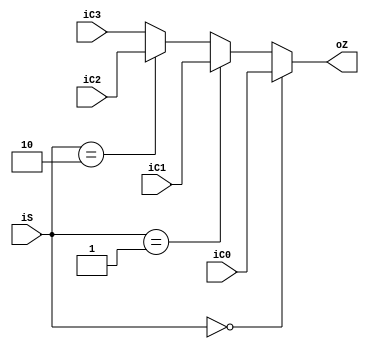
module selector41(
input [31:0] iC0,
input [31:0] iC1,
input [31:0] iC2,
input [31:0] iC3,
input [1:0]iS,
output reg [31:0] oZ
    );
    always @(*)
    begin
    
    if(iS==0)
    oZ=iC0;
    else if(iS==1)
    oZ=iC1;
    else if(iS==2)
    oZ=iC2;
    else
    oZ=iC3;
    
    end

endmodule

module selector41_5(
input [4:0] iC0,
input [4:0] iC1,
input [4:0] iC2,
input [4:0] iC3,
input [1:0]iS,
output reg [4:0] oZ
    );
    always @(*)
    begin
    
    if(iS==0)
    oZ=iC0;
    else if(iS==1)
    oZ=iC1;
    else if(iS==2)
    oZ=iC2;
    else
    oZ=iC3;
    
    end

endmodule

module selector21(
input [31:0] iC0,
input [31:0] iC1,
input iS,
output reg [31:0] oZ
    );
    always @(*)
    begin
    
    if(iS==0)
    oZ=iC0;
    else
    oZ=iC1;
    
    end

endmodule


/*module selector21_16(
input [15:0] iC0,
input [15:0] iC1,
input iS,
output reg [15:0] oZ
    );
    always @(*)
    begin
    
    if(iS==0)
    oZ=iC0;
    else
    oZ=iC1;
    
    end

endmodule*/


module selector81(
input [31:0] iC0,
input [31:0] iC1,
input [31:0] iC2,
input [31:0] iC3,
input [31:0] iC4,
input [31:0] iC5,
input [31:0] iC6,
input [31:0] iC7,
input [2:0]iS,
output reg [31:0] oZ
    );
    always @(*)
    begin
    
    if(iS==0)
    oZ=iC0;
    else if(iS==1)
    oZ=iC1;
    else if(iS==2)
    oZ=iC2;
    else if(iS==3)
    oZ=iC3;
    else if(iS==4)
    oZ=iC4;    
    else if(iS==5)
    oZ=iC5;
    else if(iS==6)
    oZ=iC6;
    else 
    oZ=iC7;

    
    end

endmodule



/*module selector161(
input [31:0] iC0,
input [31:0] iC1,
input [31:0] iC2,
input [31:0] iC3,
input [31:0] iC4,
input [31:0] iC5,
input [31:0] iC6,
input [31:0] iC7,
input [31:0] iC8,
input [31:0] iC9,
input [31:0] iC10,
input [31:0] iC11,
input [31:0] iC12,
input [31:0] iC13,
input [31:0] iC14,
input [31:0] iC15,
input [3:0]iS,
output reg [31:0] oZ
    );
    always @(*)
    begin
    
    if(iS==0)
    oZ=iC0;
    else if(iS==1)
    oZ=iC1;
    else if(iS==2)
    oZ=iC2;
    else if(iS==3)
    oZ=iC3;
    else if(iS==4)
    oZ=iC4;    
    else if(iS==5)
    oZ=iC5;
    else if(iS==6)
    oZ=iC6;
    else if(iS==7)
    oZ=iC7;
    else if(iS==8)
    oZ=iC8;
    else if(iS==9)
    oZ=iC9;
    else if(iS==10)
    oZ=iC10;
    else if(iS==11)
    oZ=iC11;    
    else if(iS==12)
    oZ=iC12;
    else if(iS==13)
    oZ=iC13;
    else if(iS==14)
    oZ=iC14;
    else
    oZ=iC15;
    
    end

endmodule*/